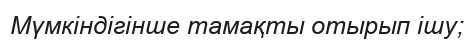
Мүмкіндігінше тамақты отырып ішу;